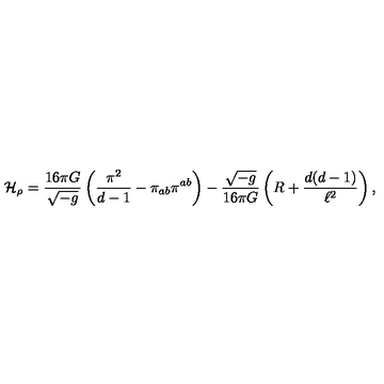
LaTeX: { \cal H } _ { \rho } = \frac { 1 6 \pi G } { \sqrt { - g } } \left( \frac { \pi ^ { 2 } } { d - 1 } - \pi _ { a b } \pi ^ { a b } \right) - \frac { \sqrt { - g } } { 1 6 \pi G } \left( R + \frac { d ( d - 1 ) } { \ell ^ { 2 } } \right) ,